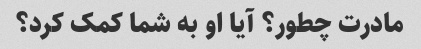
مادرت چطور؟ آیا او به شما کمک کرد؟